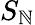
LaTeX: S_{\mathbb{N}}